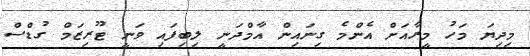
މިދިޔަ މަހު މީރާއަށް އެންމެ ގިނައިން އާމްދަނީ ލިބިފައި ވަނީ ޓޫރިޒަމް ގުޑްސް